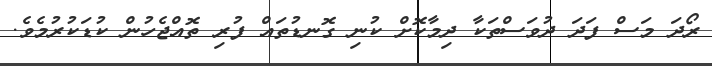
ރޯދަ މަސް ފަދަ ދުވަސްތަކާ ދިމާކޮށް ކުނި ގޮނޑުތައް ފުރި ތޮއްޖެހުން ކުޑަކުރުމެވެ.